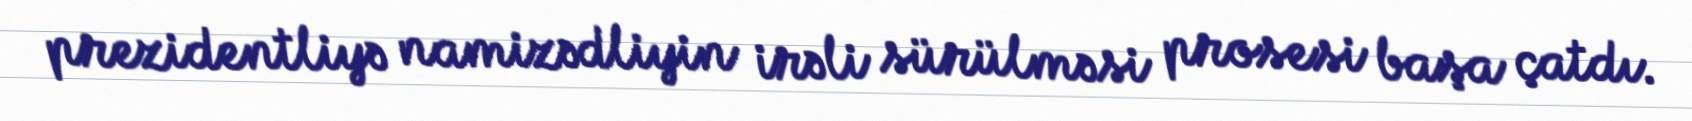
prezidentliyə namizədliyin irəli sürülməsi prosesi başa çatdı.